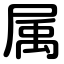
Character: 属